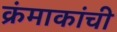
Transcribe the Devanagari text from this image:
क्रंमाकांची